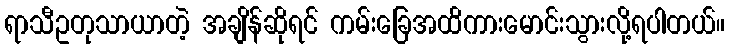
ရာသီဥတုသာယာတဲ့ အချိန်ဆိုရင် ကမ်းခြေအထိကားမောင်းသွားလို့ရပါတယ်။